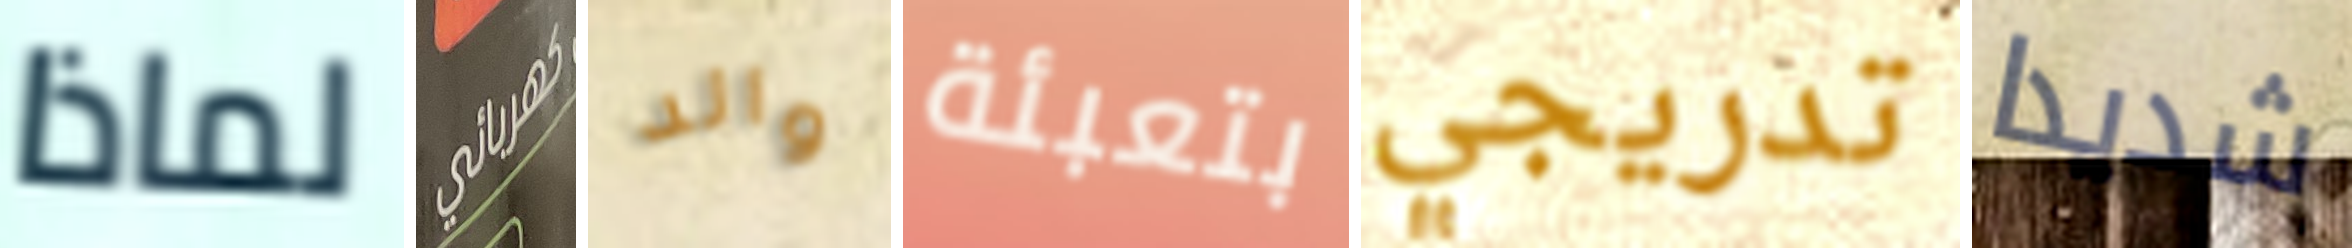
لماذا كهربائي والد بتعبئة تدريجي شديدا